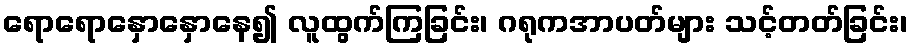
ရောရောနှောနှောနေ၍ လူထွက်ကြခြင်း၊ ဂရုကအာပတ်များ သင့်တတ်ခြင်း၊